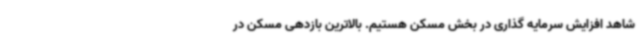
شاهد افزایش سرمایه گذاری در بخش مسکن هستیم. بالاترین بازدهی مسکن در